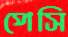
পেসি